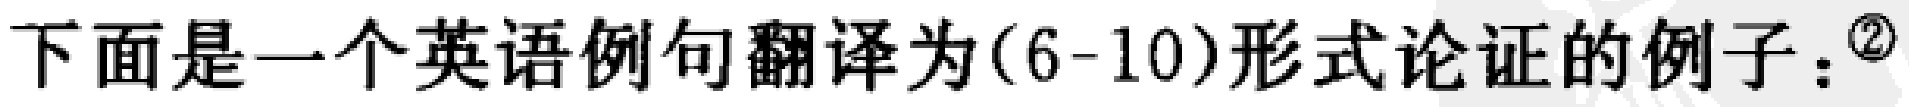
下面是一个英语例句翻译为(6-10)形式论证的例子：$^{\textcircled{2}}$